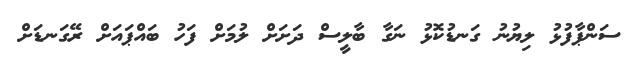
ސަންޕާފުޅު ލިޔުނު ގަނޑުކޮޅު ނަގާ ބާލީސް ދަށަށް ލުމަށް ފަހު ބައްޕައަށް ރޭގަނޑަށް